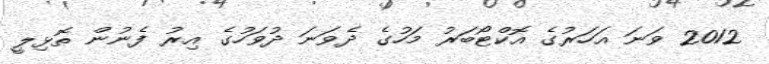
2012 ވަނަ އަހަރުގެ އޮކްޓޯބަރު މަހުގެ ދެވަނަ ދުވަހުގެ އިރު ފެނުން ތޮޅިލީ